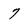
Character: 7